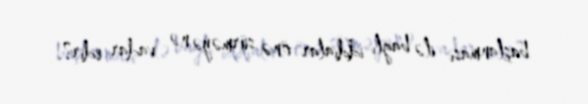
başlanması ilə bağlı iddialar önə sürməyə nə vadar edir?.